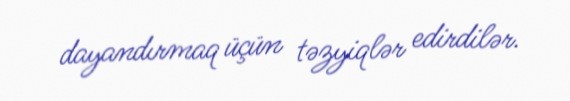
dayandırmaq üçün təzyiqlər edirdilər.